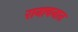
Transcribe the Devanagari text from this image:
रानावनात